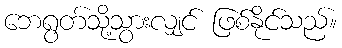
ဘေရွတ်သို့သွားလျှင် ဖြစ်နိုင်သည်။